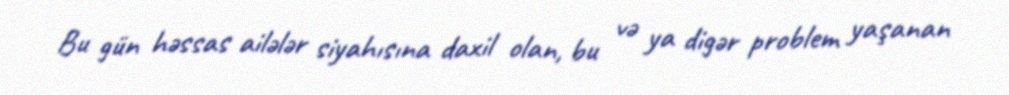
Bu gün həssas ailələr siyahısına daxil olan, bu və ya digər problem yaşanan